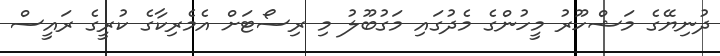
ދުނިޔޭގެ މަޝްހޫރު މީހުންގެ މެދުގައި މަގުބޫލު މި ރިސޯޓަށް އެމެރިކާގެ ކުރީގެ ރައީސް